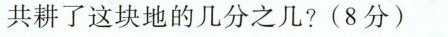
共耕了这块地的几分之几?(8分)